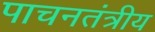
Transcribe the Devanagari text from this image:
पाचनतंत्रीय